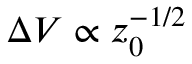
\Delta V \propto z _ { 0 } ^ { - 1 / 2 }